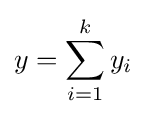
y=\sum _{i=1}^{k}y_{i}